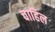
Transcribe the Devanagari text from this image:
चाहिल